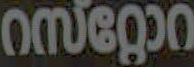
omegao